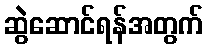
ဆွဲဆောင်ရန်အတွက်